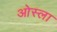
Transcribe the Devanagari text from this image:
ओस्ला